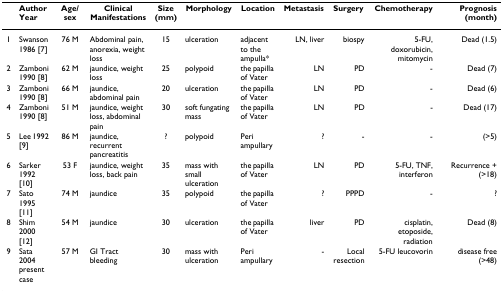
<table><thead><tr><td></td><td><b>Author Year</b></td><td><b>Age/sex</b></td><td><b>Clinical Manifestations</b></td><td><b>Size (mm)</b></td><td><b>Morphology</b></td><td><b>Location</b></td><td><b>Metastasis</b></td><td><b>Surgery</b></td><td><b>Chemotherapy</b></td><td><b>Prognosis (month)</b></td></tr></thead><tbody><tr><td>1</td><td>Swanson 1986 [7]</td><td>76 M</td><td>Abdominal pain, anorexia, weight loss</td><td>15</td><td>ulceration</td><td>adjacent to the ampulla*</td><td>LN, liver</td><td>biospy</td><td>5-FU, doxorubicin, mitomycin</td><td>Dead (1.5)</td></tr><tr><td>2</td><td>Zamboni 1990 [8]</td><td>62 M</td><td>jaundice, weight loss</td><td>25</td><td>polypoid</td><td>the papilla of Vater</td><td>LN</td><td>PD</td><td>-</td><td>Dead (7)</td></tr><tr><td>3</td><td>Zamboni 1990 [8]</td><td>66 M</td><td>jaundice, abdominal pain</td><td>20</td><td>ulceration</td><td>the papilla of Vater</td><td>LN</td><td>PD</td><td>-</td><td>Dead (6)</td></tr><tr><td>4</td><td>Zamboni 1990 [8]</td><td>51 M</td><td>jaundice, weight loss, abdominal pain</td><td>30</td><td>soft fungating mass</td><td>the papilla of Vater</td><td>LN</td><td>PD</td><td>-</td><td>Dead (17)</td></tr><tr><td>5</td><td>Lee 1992 [9]</td><td>86 M</td><td>jaundice, recurrent pancreatitis</td><td>?</td><td>polypoid</td><td>Peri ampullary</td><td>?</td><td>-</td><td>-</td><td>(&gt;5)</td></tr><tr><td>6</td><td>Sarker 1992 [10]</td><td>53 F</td><td>jaundice, weight loss, back pain</td><td>35</td><td>mass with small ulceration</td><td>the papilla of Vater</td><td>LN</td><td>PD</td><td>5-FU, TNF, interferon</td><td>Recurrence + (&gt;18)</td></tr><tr><td>7</td><td>Sato 1995 [11]</td><td>74 M</td><td>jaundice</td><td>35</td><td>polypoid</td><td>the papilla of Vater</td><td>?</td><td>PPPD</td><td>-</td><td>?</td></tr><tr><td>8</td><td>Shim 2000 [12]</td><td>54 M</td><td>jaundice</td><td>30</td><td>ulceration</td><td>the papilla of Vater</td><td>liver</td><td>PD</td><td>cisplatin, etoposide, radiation</td><td>Dead (8)</td></tr><tr><td>9</td><td>Sata 2004 present case</td><td>57 M</td><td>GI Tract bleeding</td><td>30</td><td>mass with ulceration</td><td>Peri ampullary</td><td>-</td><td>Local resection</td><td>5-FU leucovorin</td><td>disease free (&gt;48)</td></tr></tbody></table>